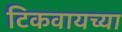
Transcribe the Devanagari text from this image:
टिकवायच्या